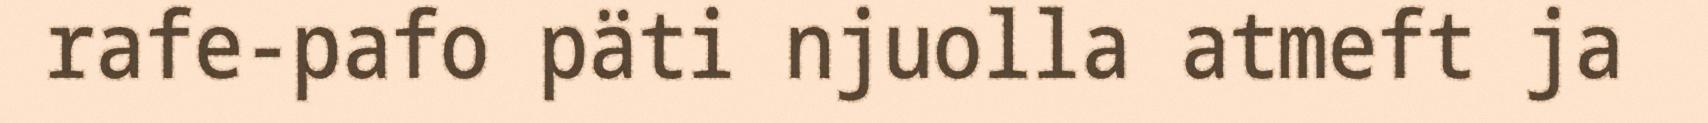
rafe-pafo päti njuolla atmeft ja